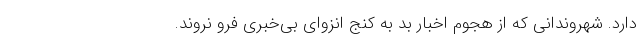
دارد. شهروندانی که از هجوم اخبار بد به کنج انزوای بی‌خبری فرو نروند.